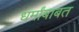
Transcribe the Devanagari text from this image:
धर्मांबाबत